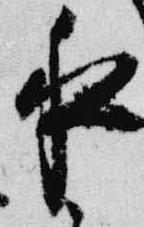
夜